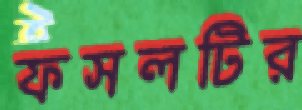
ফসলটির